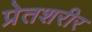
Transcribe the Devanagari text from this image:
प्रेतशरीर